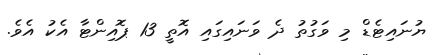
ޔުނައިޓެޑް މި ވަގުތު ދެ ވަނައިގައި އޮތީ 13 ޕޮއިންޓާ އެކު އެވެ.